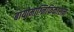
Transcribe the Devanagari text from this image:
बायोमाग्निफिकाशन